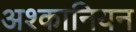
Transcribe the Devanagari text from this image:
अश्कानियन